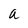
Character: a